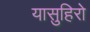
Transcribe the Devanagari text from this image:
यासुहिरो